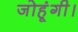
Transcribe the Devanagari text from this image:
जोहूंगी।